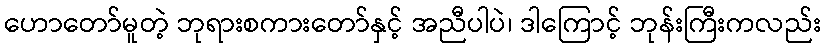
ဟောတော်မူတဲ့ ဘုရားစကားတော်နှင့် အညီပါပဲ၊ ဒါကြောင့် ဘုန်းကြီးကလည်း